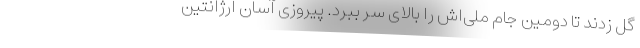
گل زدند تا دومین جام ملی‌اش را بالای سر ببرد. پیروزی آسان آرژانتین